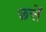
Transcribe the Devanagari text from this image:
छत्तें